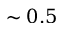
\sim 0 . 5